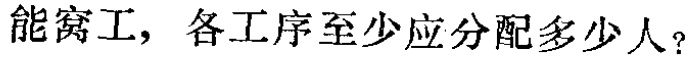
能窝工，各工序至少应分配多少人？